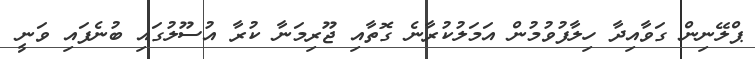
ޕްލޭނިން ގަވާއިދާ ހިލާފުވުމުން އަމަލުކުރާނެ ގޮތާއި ޖޫރިމަނާ ކުރާ އުސޫލުގައި ބުނެފައި ވަނީ